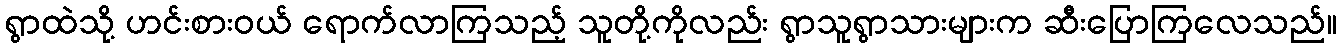
ရွာထဲသို့ ဟင်းစားဝယ် ရောက်လာကြသည့် သူတို့ကိုလည်း ရွာသူရွာသားများက ဆီးပြောကြလေသည်။